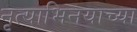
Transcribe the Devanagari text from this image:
नृत्याभिनयाच्या